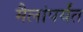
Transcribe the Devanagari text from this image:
मैलांपर्यंत